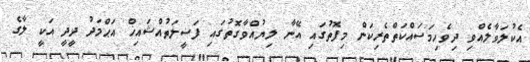
އެކުލަވާލެއްވި ދިވެހިމަސައްކަތްތެރިކަން މިފޮތުގައި އޭނާ ލިޔުއްވާގޮތުގައި ފަޟީލަތުއްޝައިޚް އަޙްމަދު ދީދީ އަކީ ލާގެ